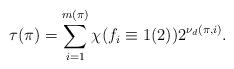
LaTeX: \begin{align*}\tau(\pi) = \sum_{i=1}^{m(\pi)} \chi(f_{i}\equiv1(2)) 2^{\nu_d(\pi,i)}.\end{align*}